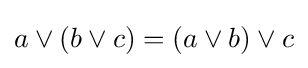
a\lor \left(b\lor c\right)=\left(a\lor b\right)\lor c